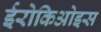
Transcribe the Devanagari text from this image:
ईरोकिओइस